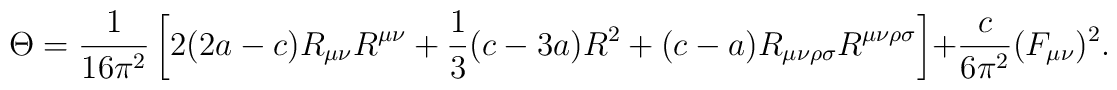
\Theta={1\over 16\pi^2}\left[2(2a-c)R_{\mu\nu}R^{\mu\nu}+{1\over 3}(c-3a)R^2 +(c-a)R_{\mu\nu\rho\sigma}R^{\mu\nu\rho\sigma}\right]+{c\over 6\pi^2}(F_{\mu\nu})^2.